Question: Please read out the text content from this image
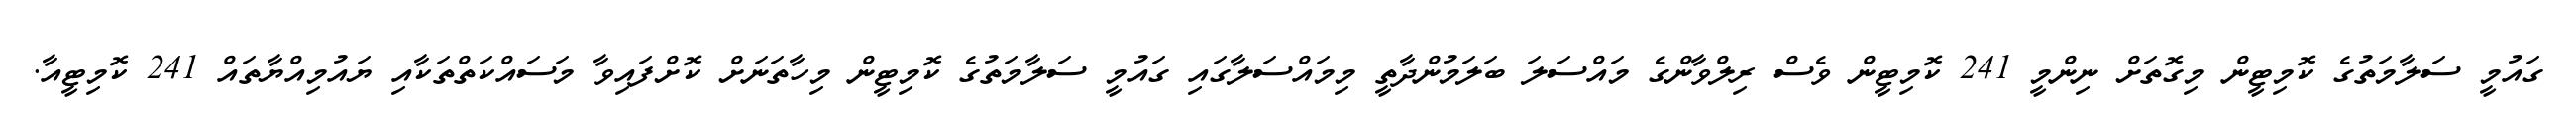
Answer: ގައުމީ ސަލާމަތުގެ ކޮމިޓީން މިގޮތަށް ނިންމީ 241 ކޮމިޓީން ވެސް ރިލްވާންގެ މައްސަލަ ބަލަމުންދާތީ މިމައްސަލާގައި ގައުމީ ސަލާމަތުގެ ކޮމިޓީން މިހާތަނަށް ކޮށްފައިވާ މަސައްކަތްތަކާއި ޔައުމިއްޔާތައް 241 ކޮމިޓީއާ.